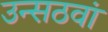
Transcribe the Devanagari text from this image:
उन्सठवां